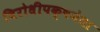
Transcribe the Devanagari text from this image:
विरोधीपक्षनेता